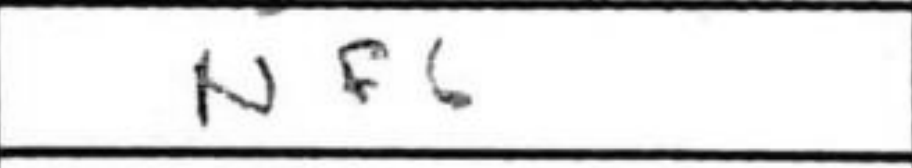
Transcription: Nf6